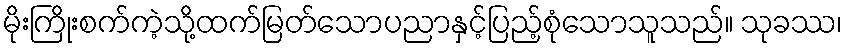
မိုးကြိုးစက်ကဲ့သို့ထက်မြတ်သောပညာနှင့်ပြည့်စုံသောသူသည်။ သုခဿ၊